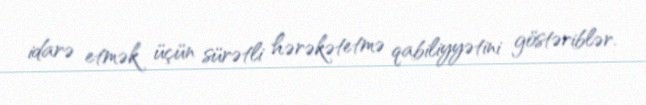
idarə etmək üçün sürətli hərəkətetmə qabiliyyətini göstəriblər.